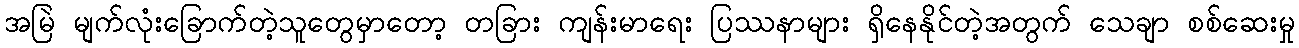
အမြဲ မျက်လုံးခြောက်တဲ့သူတွေမှာတော့ တခြား ကျန်းမာရေး ပြဿနာများ ရှိနေနိုင်တဲ့အတွက် သေချာ စစ်ဆေးမှု